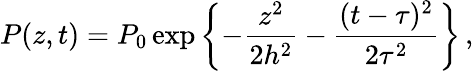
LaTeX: P(z,t)=P_{0}\exp\left\{ -\frac{z^{2}}{2h^{2}}-\frac{(t-\tau)^{2}}{2\tau^{2}}\right\} \, ,